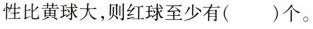
性比黄球大，则红球至少有()个。